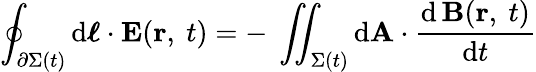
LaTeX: \oint_{\partial\Sigma(t)}\mathrm{d}{\boldsymbol{\ell}}\cdot\mathbf{E}(\mathbf{r},\ t)=-\ \iint_{\Sigma(t)}\mathrm{d}\mathbf{A}\cdot{\frac{\mathrm{d}\, \mathbf{B}(\mathbf{r},\ t)}{\mathrm{d}t}}